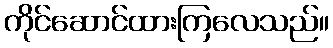
ကိုင်ဆောင်ထားကြလေသည်။